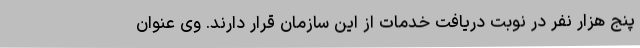
پنج هزار نفر در نوبت دریافت خدمات از این سازمان قرار دارند. وی عنوان